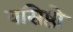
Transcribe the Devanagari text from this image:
वसिष्ठो